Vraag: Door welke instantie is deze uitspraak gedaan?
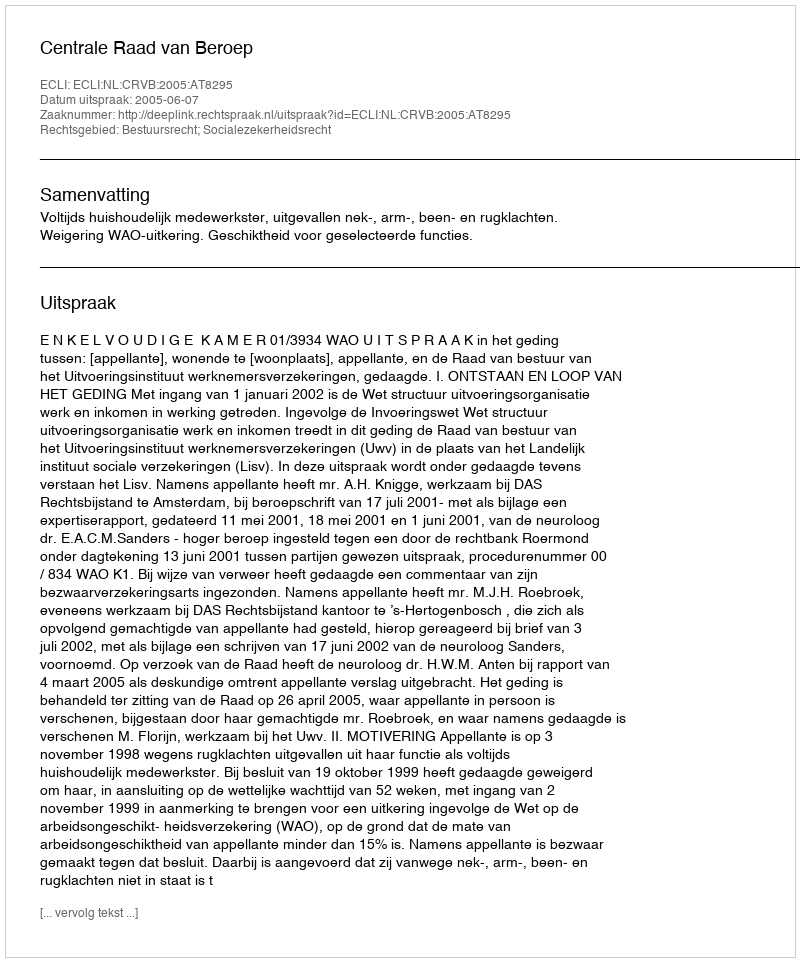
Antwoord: Centrale Raad van Beroep